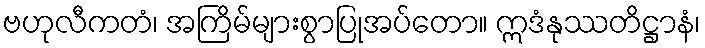
ဗဟုလီကတံ၊ အကြိမ်များစွာပြုအပ်တော။ ဣဒံနုဿတိဋ္ဌာနံ၊